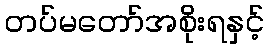
တပ်မတော်အစိုးရနှင့်